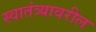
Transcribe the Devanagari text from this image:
स्वातंत्र्यावरील